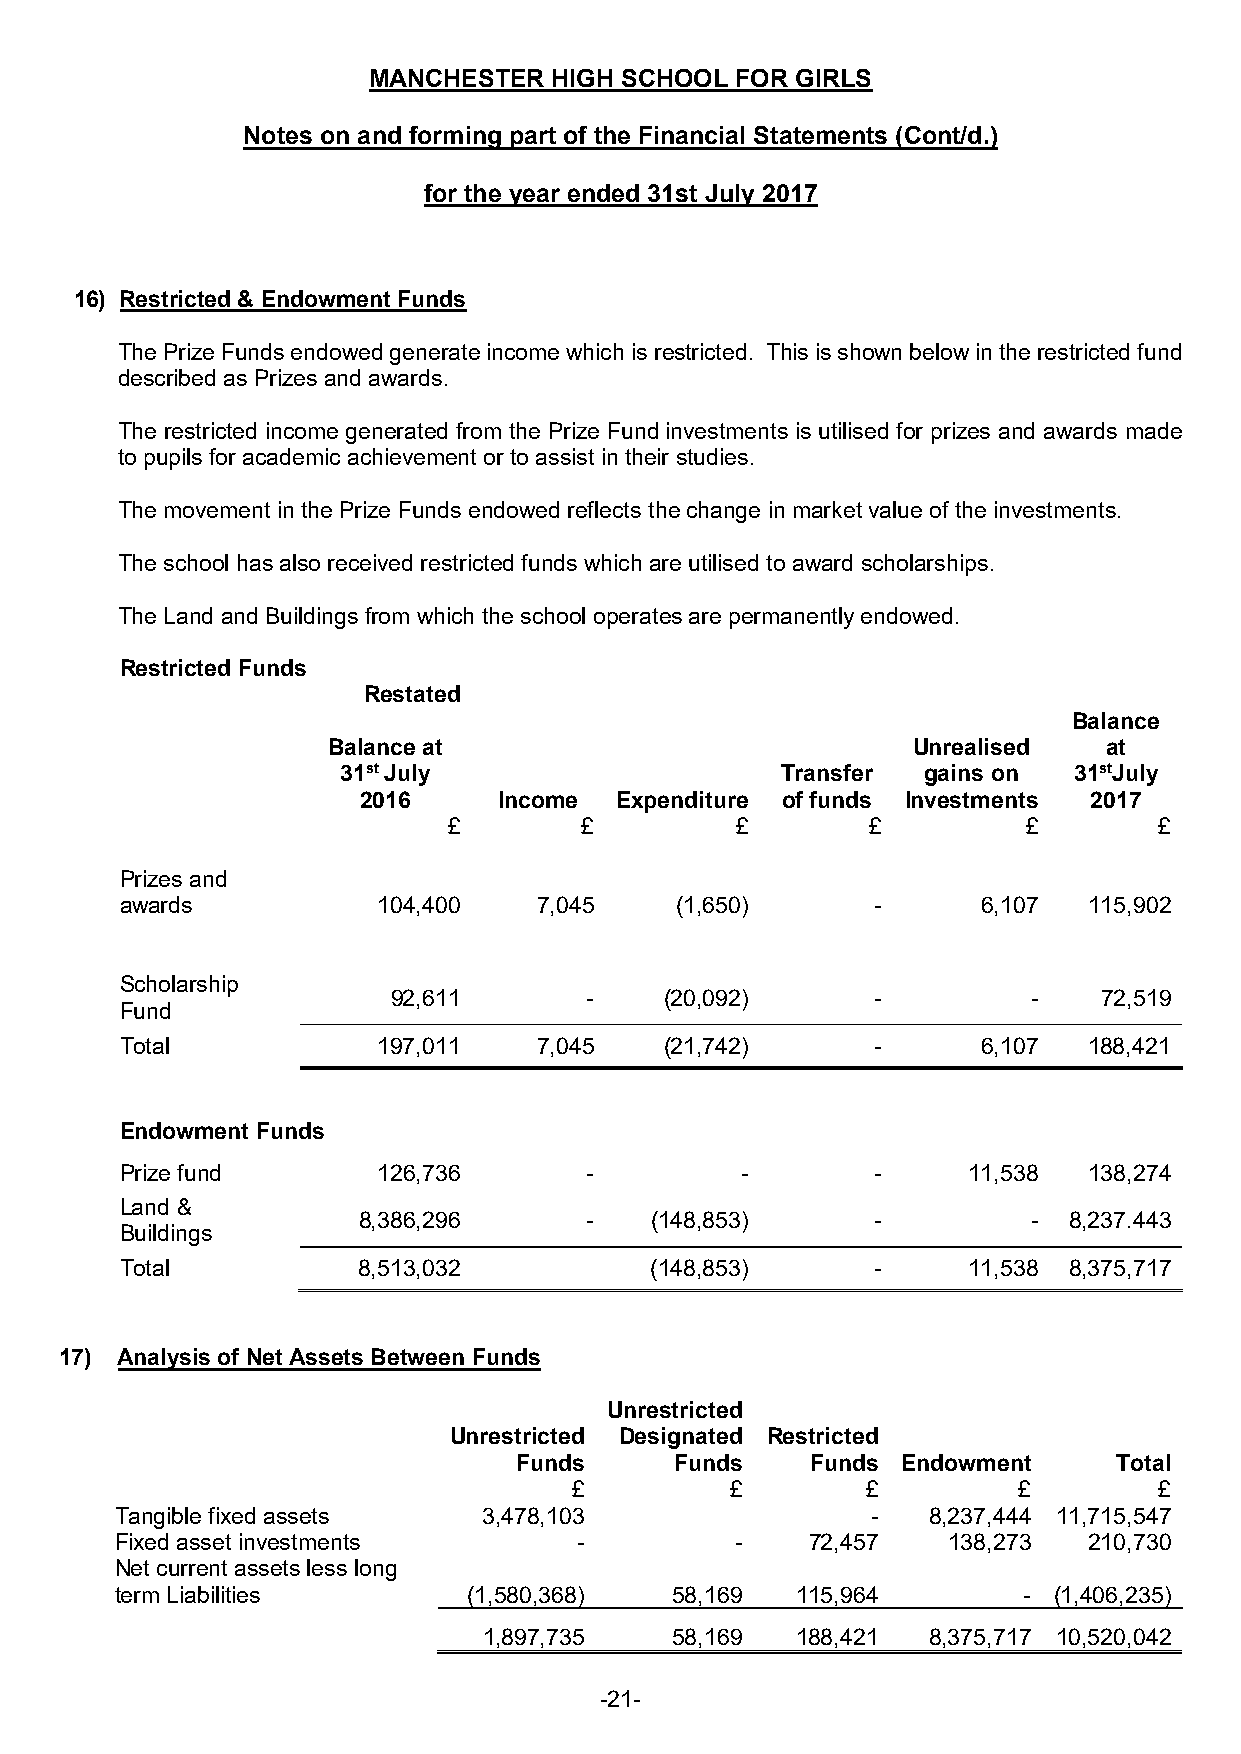
MANCHESTER   HIGH SCHOOL FOR GIRLS
 Notes on and forming part of the Financial Statements (Cont/d.)
 for the year ended 31st July 2017
 16) Restricted & Endowment Funds
 The Prize Funds endowed generate income which is restricted. This is shown below in the restricted fund
 described as Prizes and awards.
 The restricted income generated from the Prize Fund investments is utilised for prizes and awards made
 to pupils for academic achievement or to assist in their studies.
 The movement in the Prize Funds endowed reflects the change in market value of the investments.
 The school has also received restricted funds which are utilised to award scholarships.
 The Land and Buildings from which the school operates are permanently endowed.
 Restricted Funds
 Restated
 Balance
 Balance at                            Unrealised   at
 31st July                    Transfer gains on  31stJuly
 2016     Income  Expenditure of funds Investments 2017
 £       £          £        £         £        £
 Prizes and
 awards           104,400    7,045    (1,650)      -      6,107  115,902
 Scholarship
 92,611       -    (20,092)      -         -    72,519
 Fund
 Total            197,011    7,045   (21,742)      -      6,107  188,421
 Endowment Funds
 Prize fund       126,736       -         -        -     11,538  138,274
 Land &
 8,386,296      -   (148,853)      -         -  8,237.443
 Buildings
 Total           8,513,032          (148,853)      -     11,538 8,375,717
 17) Analysis of Net Assets Between Funds
 Unrestricted
 Unrestricted Designated Restricted
 Funds      Funds    Funds Endowment     Total
 £         £        £         £         £
 Tangible fixed assets   3,478,103                 -  8,237,444 11,715,547
 Fixed asset investments       -          -   72,457    138,273  210,730
 Net current assets less long
 term Liabilities       (1,580,368)  58,169   115,964        - (1,406,235)
 1,897,735   58,169   188,421 8,375,717 10,520,042
 -21-